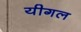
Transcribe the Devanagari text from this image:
यीगल